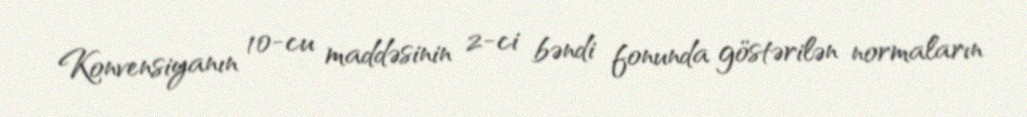
Konvensiyanın 10-cu maddəsinin 2-ci bəndi fonunda göstərilən normaların